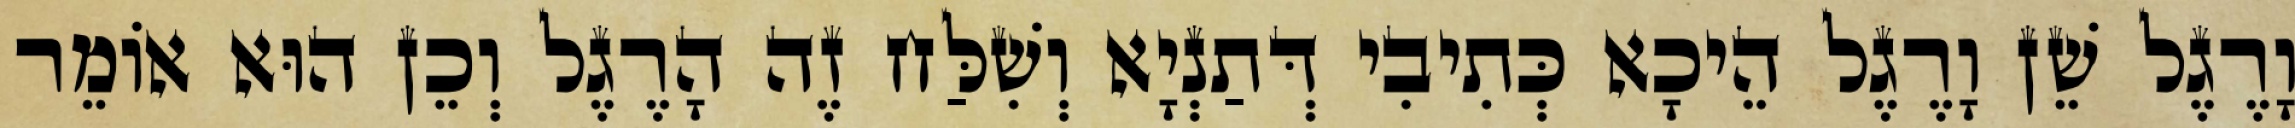
וָרֶגֶל שֵׁן וָרֶגֶל הֵיכָא כְּתִיבִי דְּתַנְיָא וְשִׁלַּח זֶה הָרֶגֶל וְכֵן הוּא אוֹמֵר